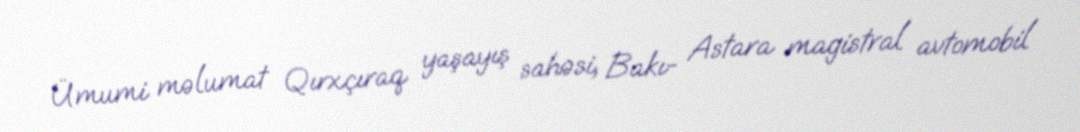
Ümumi məlumat Qırxçıraq yaşayış sahəsi, Bakı- Astara magistral avtomobil